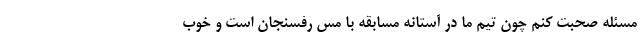
مسئله صحبت کنم چون تیم ما در آستانه مسابقه با مس رفسنجان است و خوب